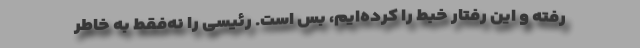
رفته ‌و این رفتار خبط را کرده‌ایم، بس است. رئیسی را نه‌فقط به‌ خاطر